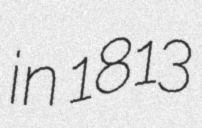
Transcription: in 1813